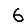
Digit: 6